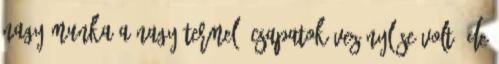
nagy munka a nagy termelő csapatok vezénylése volt, de